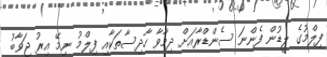
ފިލްމުގެ ލީޑުން ފެންނަ ސެންޑްރާއަށް ދިމާވާ ހާދިސާތަކާއި ފިލްމު ނިމޭ އިރު ޖަވާބު